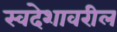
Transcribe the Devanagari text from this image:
स्वदेशावरील